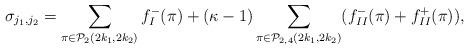
LaTeX: \begin{align*} \sigma_{j_1,j_2}= \sum_{\pi \in \mathcal{P}_2(2k_1,2k_2)} f^{-}_I(\pi) + (\kappa-1) \sum_{\pi \in \mathcal{P}_{2,4}(2k_1,2k_2)} (f^-_{II}(\pi)+f^+_{II}(\pi)),\end{align*}